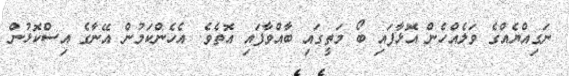
ނަގިއްޔެއްގެ ވަލެއްހެން އޮޅާފައި ބޯ މަތީގައި ބާއްވާފައި އޮތެވެ. އެހެންކަމުން އޭނާގެ އިސްކޮޅުން